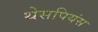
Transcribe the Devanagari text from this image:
थेसपियंस